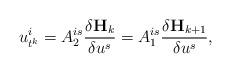
LaTeX: \begin{align*}u_{t^{k}}^{i}=A_{2}^{is}\frac{\delta \mathbf{H}_{k}}{\delta u^{s}}=A_1^{is}\frac{\delta \mathbf{H}_{k+1}}{\delta u^{s}},\end{align*}